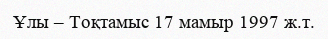
Ұлы – Тоқтамыс 17 мамыр 1997 ж.т.